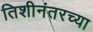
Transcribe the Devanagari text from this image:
तिशीनंतरच्या